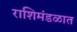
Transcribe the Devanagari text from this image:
राशिमंडळात